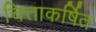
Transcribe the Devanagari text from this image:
चित्ताकर्षित